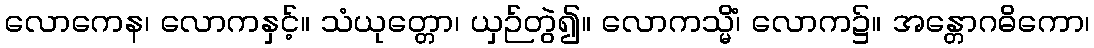
လောကေန၊ လောကနှင့်။ သံယုတ္တော၊ ယှဉ်တွဲ၍။ လောကသ္မိံ၊ လောက၌။ အန္တောဂဓိကော၊